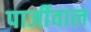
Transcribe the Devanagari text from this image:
पार्जीवाल